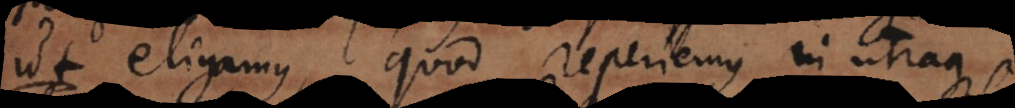
ut eligamus, quod reperiemus in utraqu